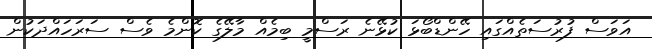
އަވަސް ފުރުސަތެއްގައި ހޭންޑްބޯޅަ ކުޅޭނެ ރަސްމީ ބިމެއް މާލޭގެ ކޮންމެ ވެސް ސަރަހައްދަކުން